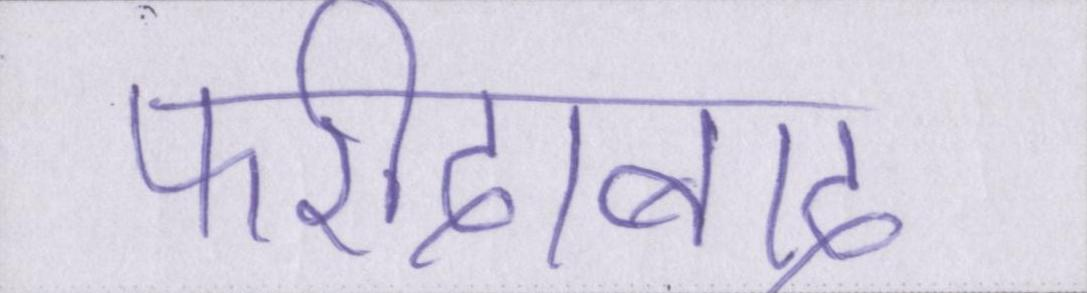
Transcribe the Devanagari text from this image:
फरीदाबाद